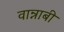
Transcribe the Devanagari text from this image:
वान्नाबी